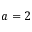
a = 2